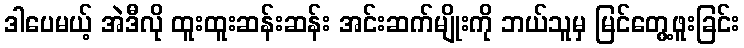
ဒါပေမယ့် အဲဒီလို ထူးထူးဆန်းဆန်း အင်းဆက်မျိုးကို ဘယ်သူမှ မြင်တွေ့ဖူးခြင်း